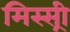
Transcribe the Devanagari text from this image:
मिस्स्री